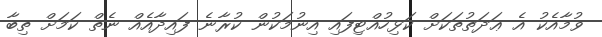
ވުމާއެކު އެ ޢަދަތުތަކަށް ކަޅިހުއްޓިފައި އިނުމަކުން ކުރާނެ ފައިދާއެއް ނެތް ކަމަށް ތިބާ